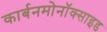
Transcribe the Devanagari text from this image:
कार्बनमोनॉक्साइड